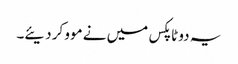
یہ دو ٹاپکس میں نے موو کر دیئے۔